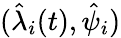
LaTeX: (\hat{\lambda}_{i}(t),\hat{\psi}_{i})